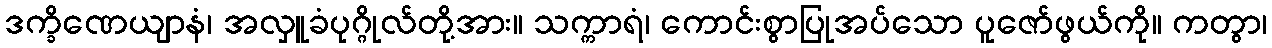
ဒက္ခိဏေယျာနံ၊ အလှူခံပုဂ္ဂိုလ်တို့အား။ သက္ကာရံ၊ ကောင်းစွာပြုအပ်သော ပူဇော်ဖွယ်ကို။ ကတွာ၊